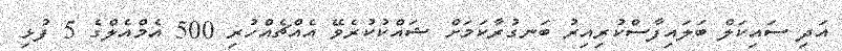
އަދި ސައިކަލް ބަލައިފާސްކުރިއިރު ބަނގުރާކަމަށް ޝައްކުކުރެވޭ އެއްޗެއްހުރި 500 އެމްއެލްގެ 5 ފުޅި